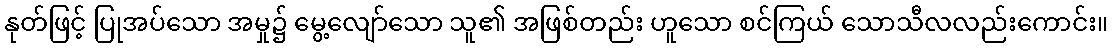
နုတ်ဖြင့် ပြုအပ်သော အမှု၌ မွေ့လျော်သော သူ၏ အဖြစ်တည်း ဟူသော စင်ကြယ် သောသီလလည်းကောင်း။